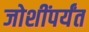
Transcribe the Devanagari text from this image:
जोशींपर्यंत